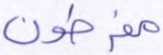
مفرطون